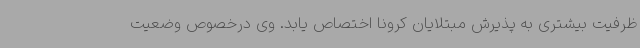
ظرفیت بیشتری به پذیرش مبتلایان کرونا اختصاص یابد. وی درخصوص وضعیت